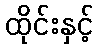
ထိုင်းနှင့်